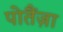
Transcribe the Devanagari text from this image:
पोतैंज़ा